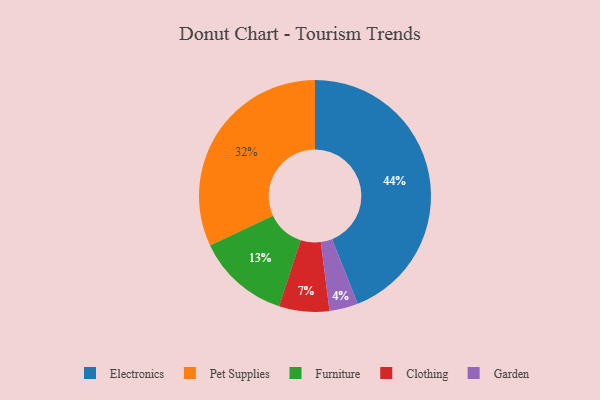
{"axis": {"x": "Category", "y": "Percentage"}, "legend": ["Clothing", "Electronics", "Furniture", "Garden", "Pet Supplies"], "data": [{"x": "Clothing", "y": 7, "type": "Clothing"}, {"x": "Garden", "y": 4, "type": "Garden"}, {"x": "Pet Supplies", "y": 32, "type": "Pet Supplies"}, {"x": "Electronics", "y": 44, "type": "Electronics"}, {"x": "Furniture", "y": 13, "type": "Furniture"}]}